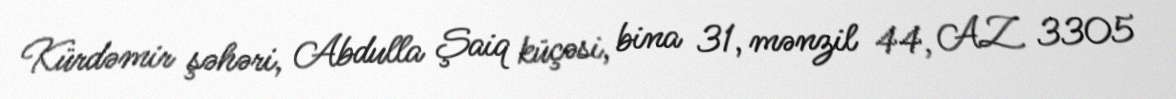
Kürdəmir şəhəri, Abdulla Şaiq küçəsi, bina 31, mənzil 44, AZ 3305